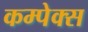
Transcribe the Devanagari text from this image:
कम्पेक्स